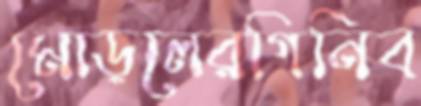
মোড়লেরগিনিব